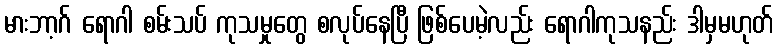
မားဘာ့ဂ် ရောဂါ စမ်းသပ် ကုသမှုတွေ စလုပ်နေပြီ ဖြစ်ပေမဲ့လည်း ရောဂါကုသနည်း ဒါမှမဟုတ်